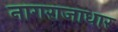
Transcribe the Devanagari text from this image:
नागराजाधार